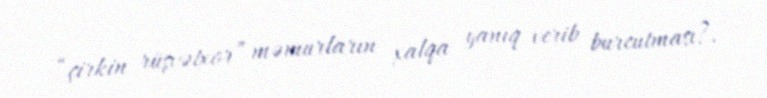
“çirkin rüşvətxor” məmurların xalqa yanıq verib burcutması?.